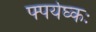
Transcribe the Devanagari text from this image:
फ्पर्यघ्कः